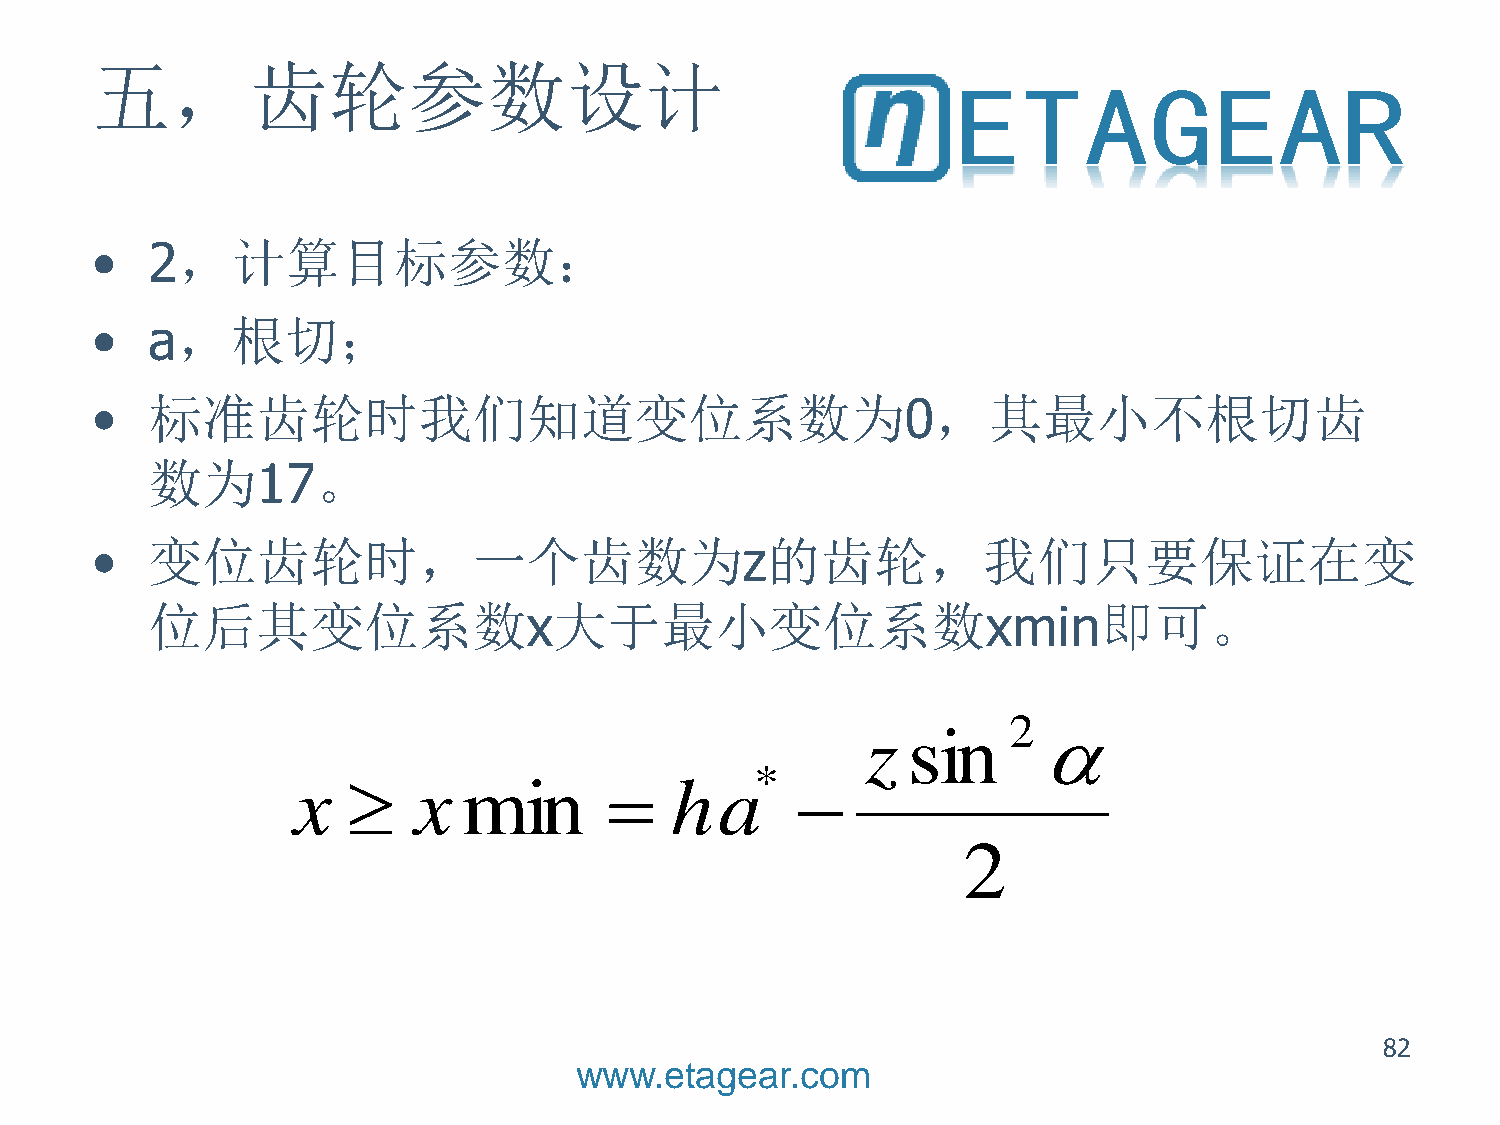
五，齿轮参数设计
 •   2，计算目标参数：
 •   a，根切；
 •   标准齿轮时我们知道变位系数为0，其最小不根切齿
 数为17。
 •   变位齿轮时，一个齿数为z的齿轮，我们只要保证在变
 位后其变位系数x大于最小变位系数xmin即可。
 2
 z  sin      
 *
 x      x   min         ha       
 2
 82
 www.etagear.com